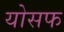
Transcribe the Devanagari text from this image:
योसफ